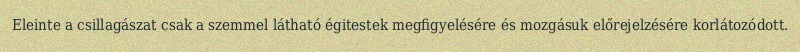
Eleinte a csillagászat csak a szemmel látható égitestek megfigyelésére és mozgásuk előrejelzésére korlátozódott.